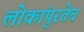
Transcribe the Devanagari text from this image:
लोकांपुरतेच